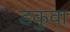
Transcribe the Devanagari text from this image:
डकुवा